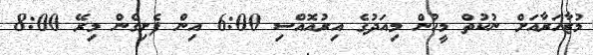
މުޒާހަރާއަށް ނުކުތް މީހުން މިއަދުގެ އިރުއޮއްސި 6:00 އިން ފެށިގެން މިރޭ 8:00